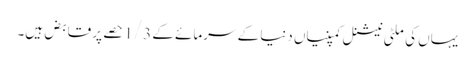
یہاں کی ملٹی نیشنل کمپنیاں دنیا کے سرمائے کے 1/3 حصے پر قابض ہیں۔